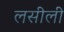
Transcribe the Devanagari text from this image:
लसीली